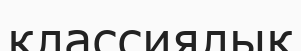
классиялық